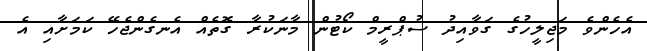
އެހެންވެ މަޖިލީހުގެ ގަވާއިދު ސުޕްރީމް ކޯޓުން މާނަކުރާ ގޮތެއް އެނގެންޖެހޭ ކަމަށާއި އެ